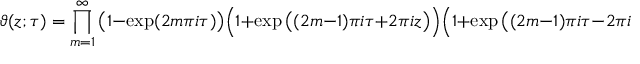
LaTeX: \vartheta ( z ; \tau ) = \prod _ { m = 1 } ^ { \infty } { \big ( } 1 - \exp ( 2 m \pi i \tau ) { \big ) } { \Big ( } 1 + \exp { \big ( } ( 2 m - 1 ) \pi i \tau + 2 \pi i z { \big ) } { \Big ) } { \Big ( } 1 + \exp { \big ( } ( 2 m - 1 ) \pi i \tau - 2 \pi i z { \big ) } { \Big ) } .